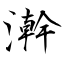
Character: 澣